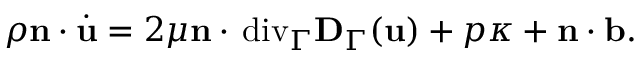
\rho \mathbf n \cdot \dot { \mathbf u } = 2 \mu \mathbf n \cdot { \mathop { \, \mathrm { d i v } } } _ { \Gamma } \mathbf D _ { \Gamma } ( \mathbf u ) + p \kappa + \mathbf n \cdot \mathbf b .